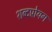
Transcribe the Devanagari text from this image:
शब्दप्रोयग